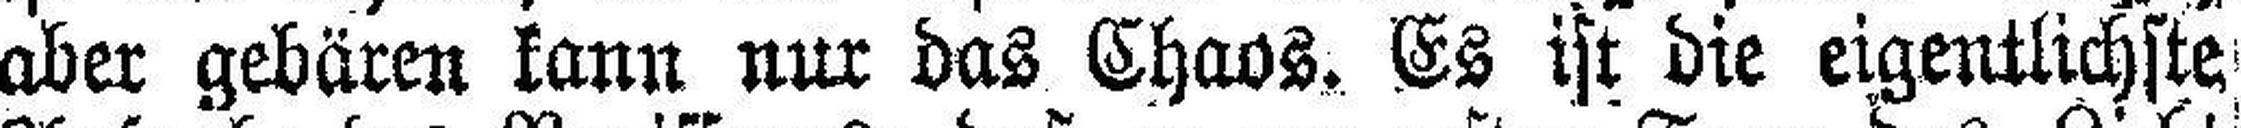
aber gebären kann nur das Chaos. Es ist die eigentlichste